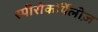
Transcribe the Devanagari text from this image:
स्पीरोकॉर्पेलीज़